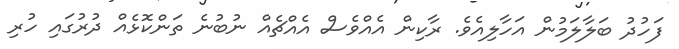
ފަހުދު ބަލާލަމުން އަހާލިއެވެ. ރާކިން އެއްވެސް އެއްޗެއް ނުބުނެ ތަންކޮޅެއް ދުރުގައި ހުރި